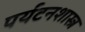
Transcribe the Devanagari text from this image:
पर्यटनशास्त्र